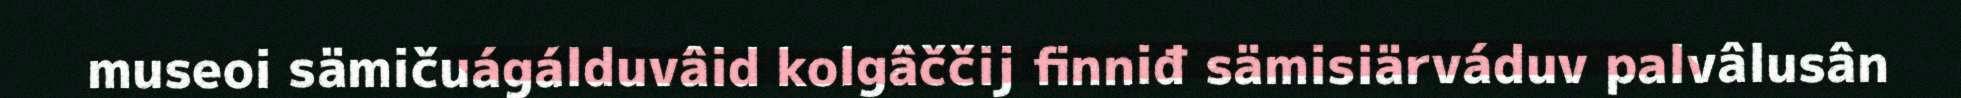
museoi sämičuágálduvâid kolgâččij finniđ sämisiärváduv palvâlusân